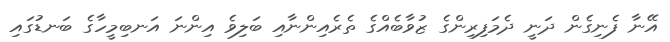
އޭނާ ފެނިގެން ދަނީ ދެމަފިރިންގެ ޒުވާބެއްގެ ތެރެއިންނާއި ބަލިވެ އިންނަ އަނބިމީހާގެ ބަނޑުގައި